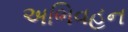
અભિવહન